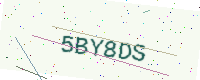
Text: 5BY8DS